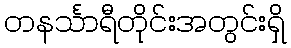
တနင်္သာရီတိုင်းအတွင်းရှိ